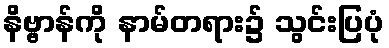
နိဗ္ဗာန်ကို နာမ်တရား၌ သွင်းပြပုံ